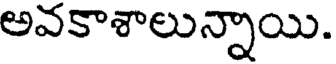
అవకాశాలున్నాయి.